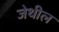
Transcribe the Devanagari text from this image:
जेथील